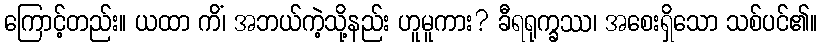
ကြောင့်တည်း။ ယထာ ကိံ၊ အဘယ်ကဲ့သို့နည်း ဟူမူကား? ခီရရုက္ခဿ၊ အစေးရှိသော သစ်ပင်၏။